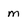
Character: M